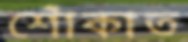
শোঁকাত